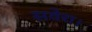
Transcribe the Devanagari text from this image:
सवेरा।